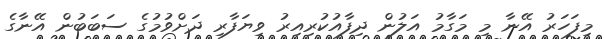
މިފަހަރު އޭނާ މި މަގާމު އަލުން ދިފާއުކުރިއިރު ވިޔަފާރި ދަށްވުމުގެ ސަބަބުން އޭނާގެ